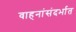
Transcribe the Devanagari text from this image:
वाहनांसंदर्भात